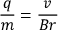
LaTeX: { \frac { q } { m } } = { \frac { v } { B r } }